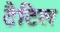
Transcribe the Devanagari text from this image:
टैटिल